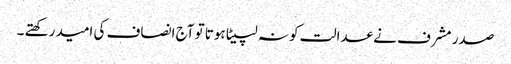
صدر مشرف نے عدالت کو نہ لپیٹا ہوتا تو آج انصاف کی امید رکھتے ۔